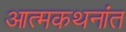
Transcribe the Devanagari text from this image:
आत्मकथनांत